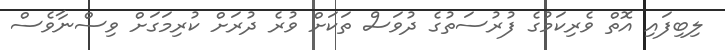
ލިބިފައި އޮތް ވެރިކަމުގެ ފުރުސަތުގެ ދުވަސް ތަކަށް ވުރެ ދުރަށް ކުރިމަގަށް ވިސްނާވެސް